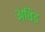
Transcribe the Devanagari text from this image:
अविड